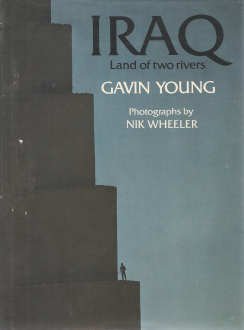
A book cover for Iraq, Land of Two Rivers; Gavin Young; Travel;